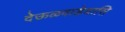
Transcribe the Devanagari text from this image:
देऊळवाडेयासि